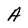
Character: A